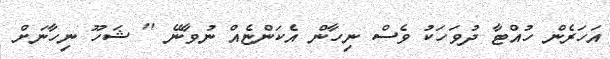
އަހަރެން ހުއްޓާ ދުވަހަކު ވެސް ނިހާން އެކަންޏެއް ނުވާނޭ '' ޝަހޫ ނިހާނަށް